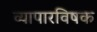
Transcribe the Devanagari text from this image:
व्यापारविषक